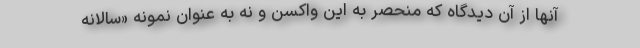
آنها از آن دیدگاه که منحصر به این واکسن و نه به عنوان نمونه «سالانه